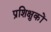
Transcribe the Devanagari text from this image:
प्रशिक्षुकों